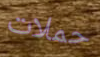
حملات